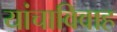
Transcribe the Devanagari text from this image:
यांचाविवाह